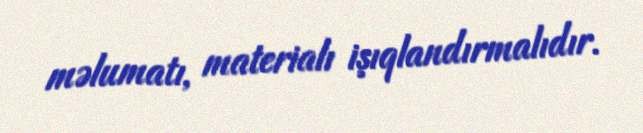
məlumatı, materialı işıqlandırmalıdır.